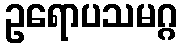
ဥရောပသမဂ္ဂ